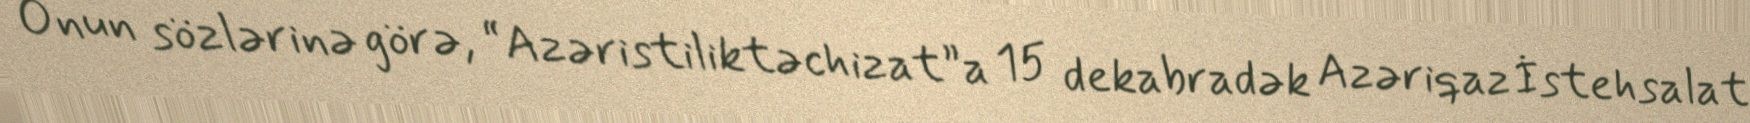
Onun sözlərinə görə, “Azəristiliktəchizat”a 15 dekabradək Azəriqaz İstehsalat